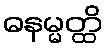
ဓနမ္မတ္ထိ